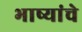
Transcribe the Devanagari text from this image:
भाष्यांचे